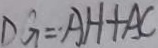
D G = A H + A C